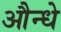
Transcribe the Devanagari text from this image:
औन्धे